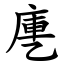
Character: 㐣